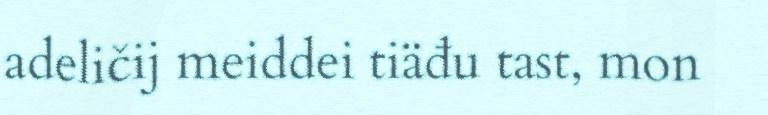
adeličij meiddei tiäđu tast, mon